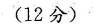
(12分)